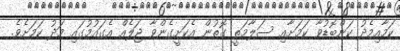
ކަމާއިމެދު ކަންބޮޑުވާ ކަމަށާއި ސަލާމަތީ ގޮތުން އެކަށީގެންވާ ޖަލެއް އެގައުމުގައި މަދު ކަމަށެވެ.